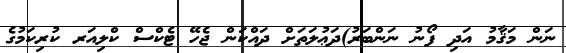
ނަން މަޤާމު އަދި ފޯނު ނަންބަރު)ދަޢުލަތަށް ދައްކަން ޖެހޭ ޓެކްސް ކްލިއަރ ކުރިކަމުގެ